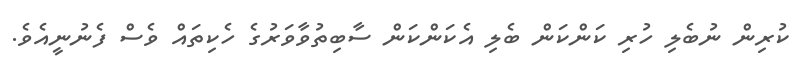
ކުރިން ނުބެލި ހުރި ކަންކަން ބެލި އެކަންކަން ސާބިތުވާވަރުގެ ހެކިތައް ވެސް ފެނުނީއެވެ.